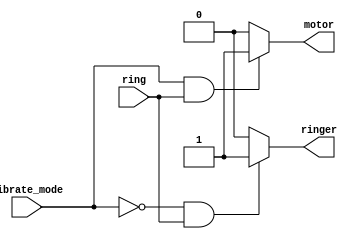
module top_module (
    input ring,
    input vibrate_mode,
    output ringer,
    output motor
);

assign ringer = ~vibrate_mode&ring ? 1 : 0;
assign motor = vibrate_mode&ring ? 1 : 0;

endmodule